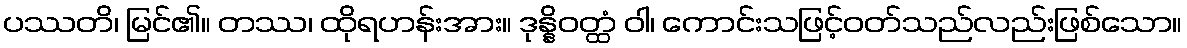
ပဿတိ၊ မြင်၏။ တဿ၊ ထိုရဟန်းအား။ ဒုန္နိဝတ္ထံ ဝါ၊ ကောင်းသဖြင့်ဝတ်သည်လည်းဖြစ်သော။